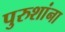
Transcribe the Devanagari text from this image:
पुरुशांना